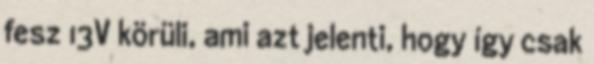
fesz 13V körüli, ami azt jelenti, hogy így csak